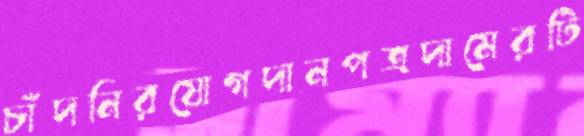
চাঁদনিরযোগদানপত্রদামেরটি